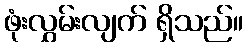
ဖုံးလွှမ်းလျက် ရှိသည်။